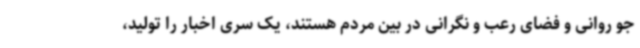
جو روانی و فضای رعب و نگرانی در بین مردم هستند، یک سری اخبار را تولید،